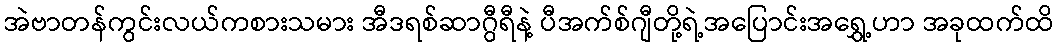
အဲဗာတန်ကွင်းလယ်ကစားသမား အီဒရစ်ဆာဂွီရီနဲ့ ပီအက်စ်ဂျီတို့ရဲ့အပြောင်းအရွှေ့ဟာ အခုထက်ထိ